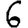
Digit: 6